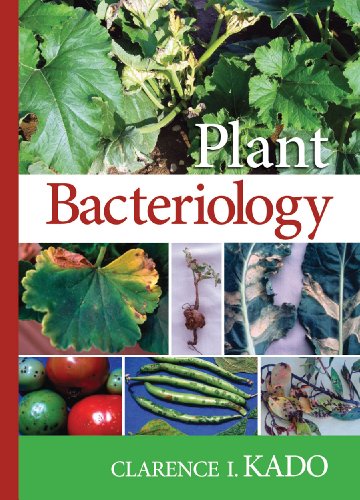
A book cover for Plant Bacteriology; Clarence I. Kado; Medical Books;